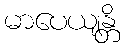
မာပေယျန္တိ